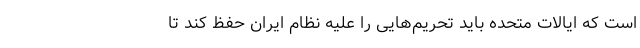
است که ایالات متحده باید تحریم‌هایی را علیه نظام ایران حفظ کند تا